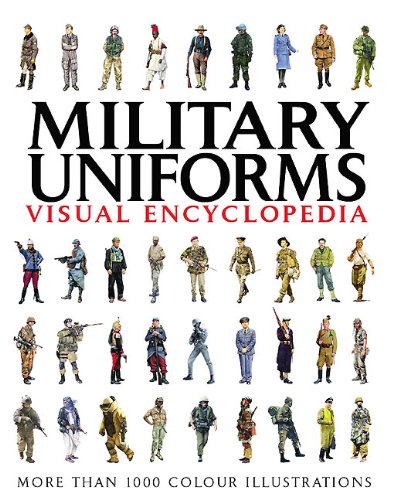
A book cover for Military Uniforms Visual Encyclopedia; Chris McNab; History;